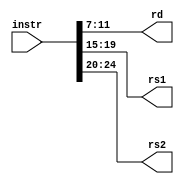
module InstructionDecoder(instr, rd, rs1, rs2); 

input [31:0]instr; 

output reg [4:0] rd, rs1, rs2;
//output reg [11:0] imm;

/*reg [4:0]rd;
reg [4:0]rs1;
reg [4:0]rs2;
reg [11:0]imm;*/

always @(instr)   begin 

	 rd = instr[11:7];
	 rs1 = instr[19:15];
	 rs2 = instr[24:20];
	 //imm = instr[31:20];

end 
endmodule